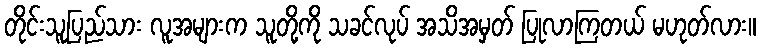
တိုင်းသူပြည်သား လူအများက သူတို့ကို သခင်လုပ် အသိအမှတ် ပြုလာကြတယ် မဟုတ်လား။